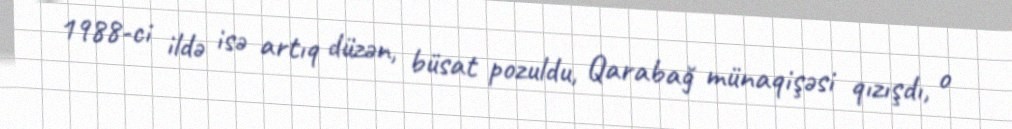
1988-ci ildə isə artıq düzən, büsat pozuldu, Qarabağ münaqişəsi qızışdı, o